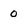
Character: 0